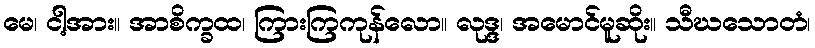
မေ၊ ငါ့အား။ အာစိက္ခထ၊ ကြားကြကုန်လော။ လုဒ္ဒ၊ အမောင်မူဆိုး။ သီဃသောတံ၊